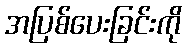
အပြစ်ပေးခြင်းကို